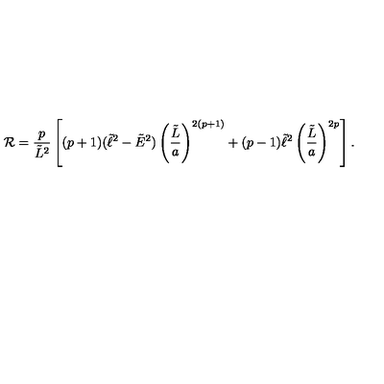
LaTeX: { \cal R } = { \frac { p } { \tilde { L } ^ { 2 } } } \left[ ( p + 1 ) ( \tilde { \ell } ^ { 2 } - \tilde { E } ^ { 2 } ) \left( { \frac { \tilde { L } } { a } } \right) ^ { 2 ( p + 1 ) } + ( p - 1 ) \tilde { \ell } ^ { 2 } \left( { \frac { \tilde { L } } { a } } \right) ^ { 2 p } \right] .